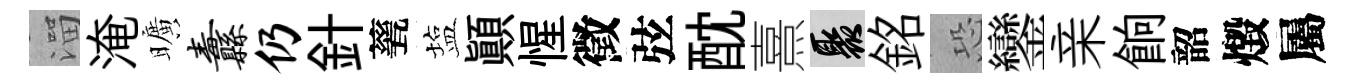
溜淹曠纛仍針甆塩顚惺徵弦酖熹聚銘恐鑾亲餉韶燬屬